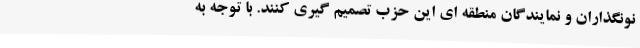
نونگذاران و نمایندگان منطقه ای این حزب تصمیم گیری کنند. با توجه به